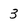
Character: 3